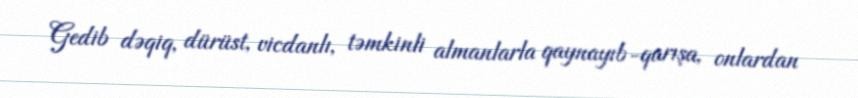
Gedib dəqiq, dürüst, vicdanlı, təmkinli almanlarla qaynayıb-qarışa, onlardan